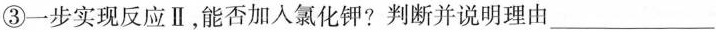
③一步实现反应Ⅱ，能否加入氯化钾?判断并说明理由___